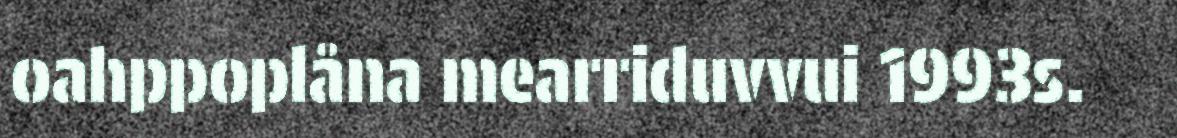
oahppoplåna mearriduvvui 1993s.